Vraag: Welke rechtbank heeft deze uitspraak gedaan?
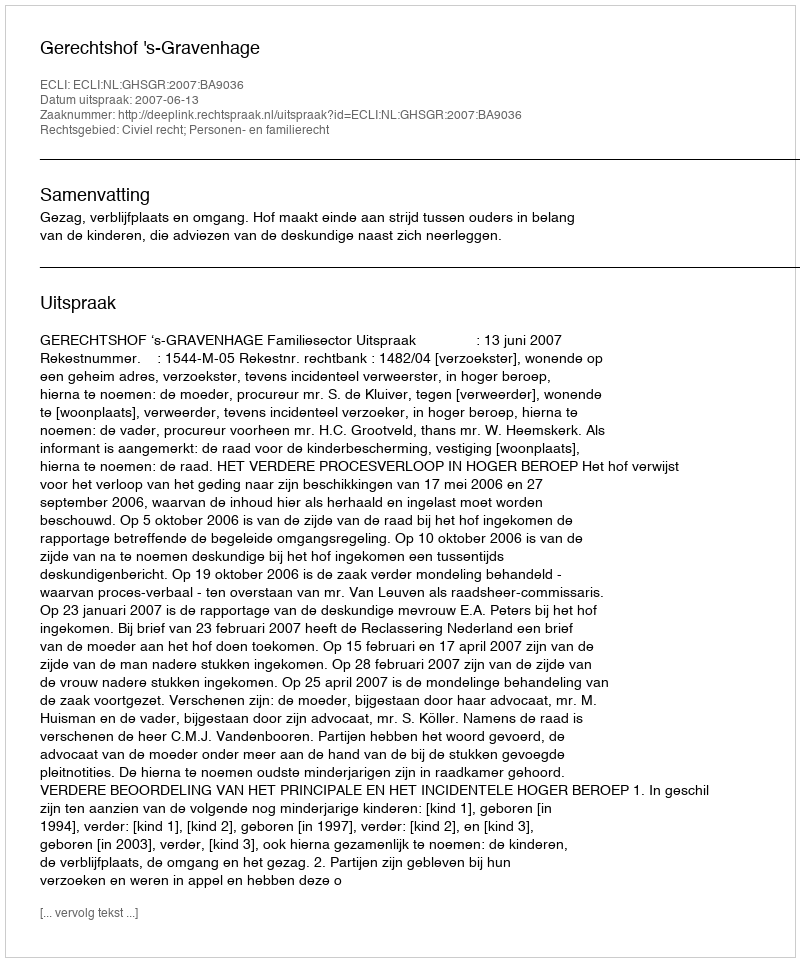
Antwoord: Gerechtshof 's-Gravenhage